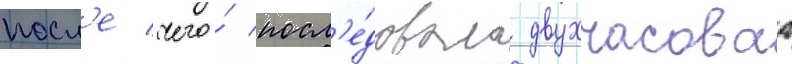
посл'е чего́ посл'е́довала двухчасоваа